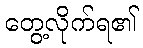
တွေ့လိုက်ရ၏